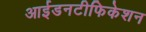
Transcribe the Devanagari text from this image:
आईडनटीफिकेशन